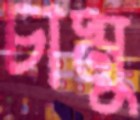
চামু